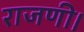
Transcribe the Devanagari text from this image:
राजणी।